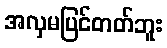
အလှမပြင်တတ်ဘူး